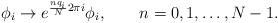
LaTeX: \begin{align*}\phi_i \to e^{\frac{n q_i}{N}2\pi i}\phi_i,\qquad n=0,1,\ldots, N-1.\end{align*}